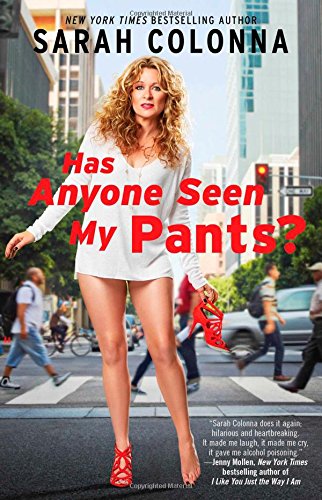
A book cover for Has Anyone Seen My Pants?; Sarah Colonna; Biographies & Memoirs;